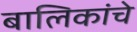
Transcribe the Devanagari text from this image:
बालिकांचे